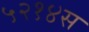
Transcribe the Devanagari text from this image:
५२१४स